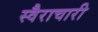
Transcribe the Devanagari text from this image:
स्वैराचारी